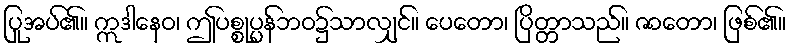
ပြုအပ်၏။ ဣဒါနေဝ၊ ဤပစ္စုပ္ပန်ဘဝ၌သာလျှင်။ ပေတော၊ ပြိတ္တာသည်။ ဇာတော၊ ဖြစ်၏။